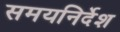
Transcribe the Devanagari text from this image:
समयनिर्देश